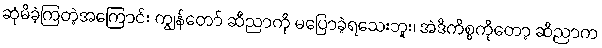
ဆုံမိခဲ့ကြတဲ့အကြောင်း ကျွန်တော် ဆီညာကို မပြောခဲ့ရသေးဘူး၊ အဲဒီကိစ္စကိုတော့ ဆီညာက